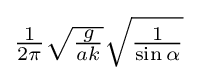
{\textstyle {\frac {1}{2\pi }}{\sqrt {\frac {g}{ak}}}{\sqrt {\frac {1}{\sin \alpha }}}}